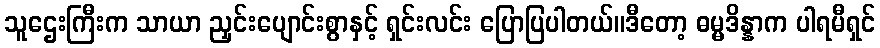
သူဌေးကြီးက သာယာ ညှင်းပျောင်းစွာနှင့် ရှင်းလင်း ပြောပြပါတယ်။ဒီတော့ ဓမ္မဒိန္နာက ပါရမီရှင်